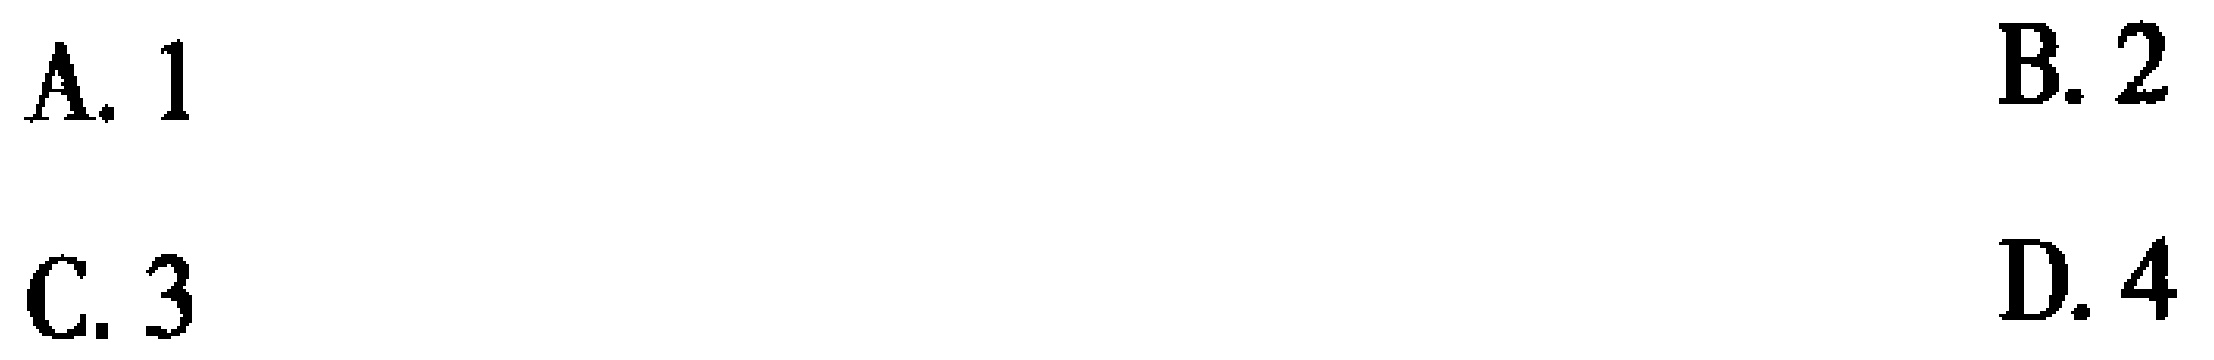
A. 1
B. 2
C. 3
D. 4